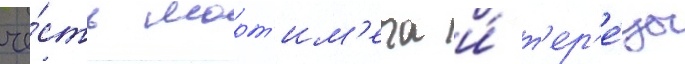
че́сть морт'им'ера и́ т'ер'е́зы